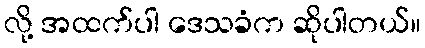
လို့ အထက်ပါ ဒေသခံက ဆိုပါတယ်။